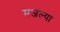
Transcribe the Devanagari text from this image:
मजल्या